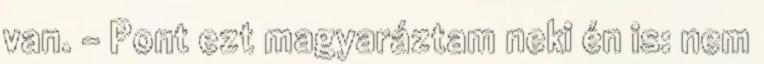
van. - Pont ezt magyaráztam neki én is: nem